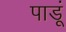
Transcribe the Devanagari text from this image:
पाडूं